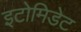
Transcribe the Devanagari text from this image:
इटोमिडेट